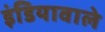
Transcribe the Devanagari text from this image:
इंडियावाले